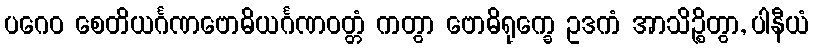
ပဂေဝ စေတိယင်္ဂဏဗောဓိယင်္ဂဏဝတ္တံ ကတွာ ဗောဓိရုက္ခေ ဥဒကံ အာသိဉ္စိတွာ, ပါနီယံ